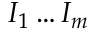
I _ { 1 } \ldots I _ { m }